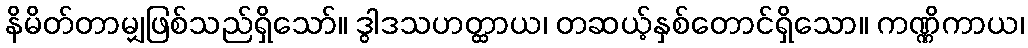
နိမိတ်တာမျှဖြစ်သည်ရှိသော်။ ဒွါဒသဟတ္ထာယ၊ တဆယ့်နှစ်တောင်ရှိသော။ ကဏ္ဏိကာယ၊